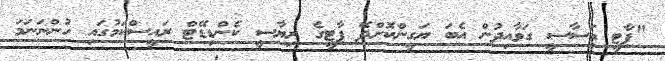
"ޕާޓީ އަސާސީ ގަވާއިދުން އެބަ ޔަގީންކޮށްދޭ ޕާޓީގެ ރިޔާސީ ކެންޑިޑޭޓް ރައީސްކަމުގައި ހުންނަނަމަ